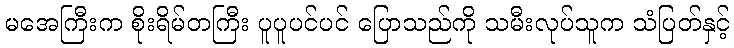
မအေကြီးက စိုးရိမ်တကြီး ပူပူပင်ပင် ပြောသည်ကို သမီးလုပ်သူက သံပြတ်နှင့်